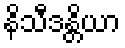
နိသီဒန္တိယာ